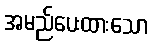
အမည်ပေးထားသော